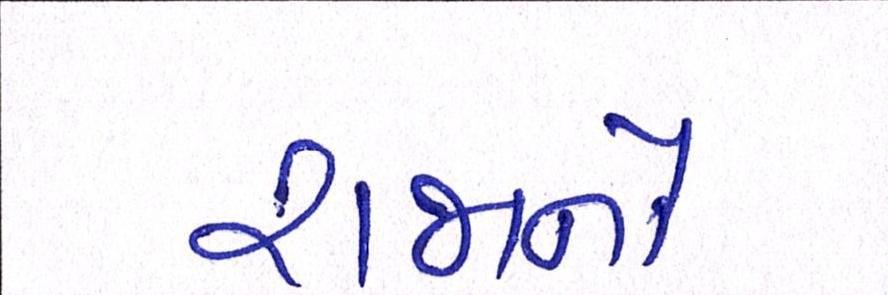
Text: રાજાનો